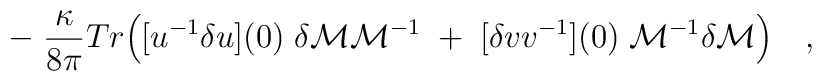
\qquad -\;{\kappa \over{ 8\pi}} Tr\Bigl([u^{-1}\delta u](0)\; \delta{\cal M} {\cal M}^{-1} \; +\;[\delta v v^{-1}](0)\; {\cal M}^{-1}\delta{\cal M} \Bigr)\quad,